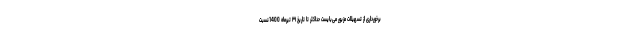
برخورداری از تسهیلات مزبور می‌بایست حداکثر تا تاریخ ۳۱ تیرماه 1400نسبت